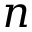
n